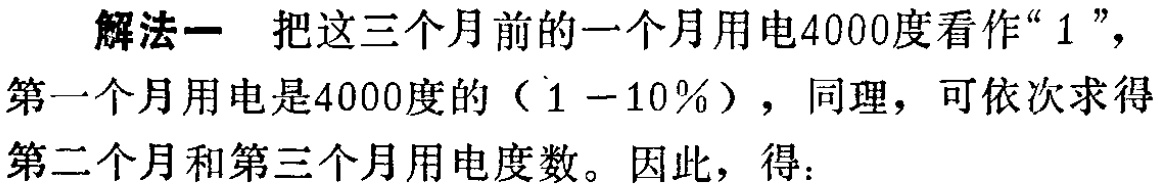
解法一 把这三个月前的一个月用电4000度看作“$1$”，第一个月用电是4000度的（$1 - 10\%$），同理，可依次求得第二个月和第三个月用电度数。因此，得：